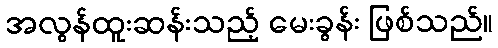
အလွန်ထူးဆန်းသည့် မေးခွန်း ဖြစ်သည်။